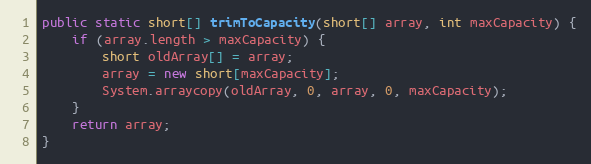
Language: Java
public static short[] trimToCapacity(short[] array, int maxCapacity) {
	if (array.length > maxCapacity) {
	    short oldArray[] = array;
	    array = new short[maxCapacity];
	    System.arraycopy(oldArray, 0, array, 0, maxCapacity);
	}
	return array;
}